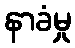
နာခံမှု